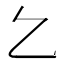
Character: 𠃉